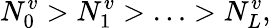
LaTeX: N_{0}^{v}>N_{1}^{v}>\ldots>N_{L}^{v},